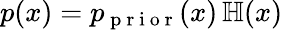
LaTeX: p(x)=p_{\mathrm{~p~r~i~o~r~}}(x)\, \mathbb H(x)